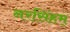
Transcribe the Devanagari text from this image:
नरसिंहम्